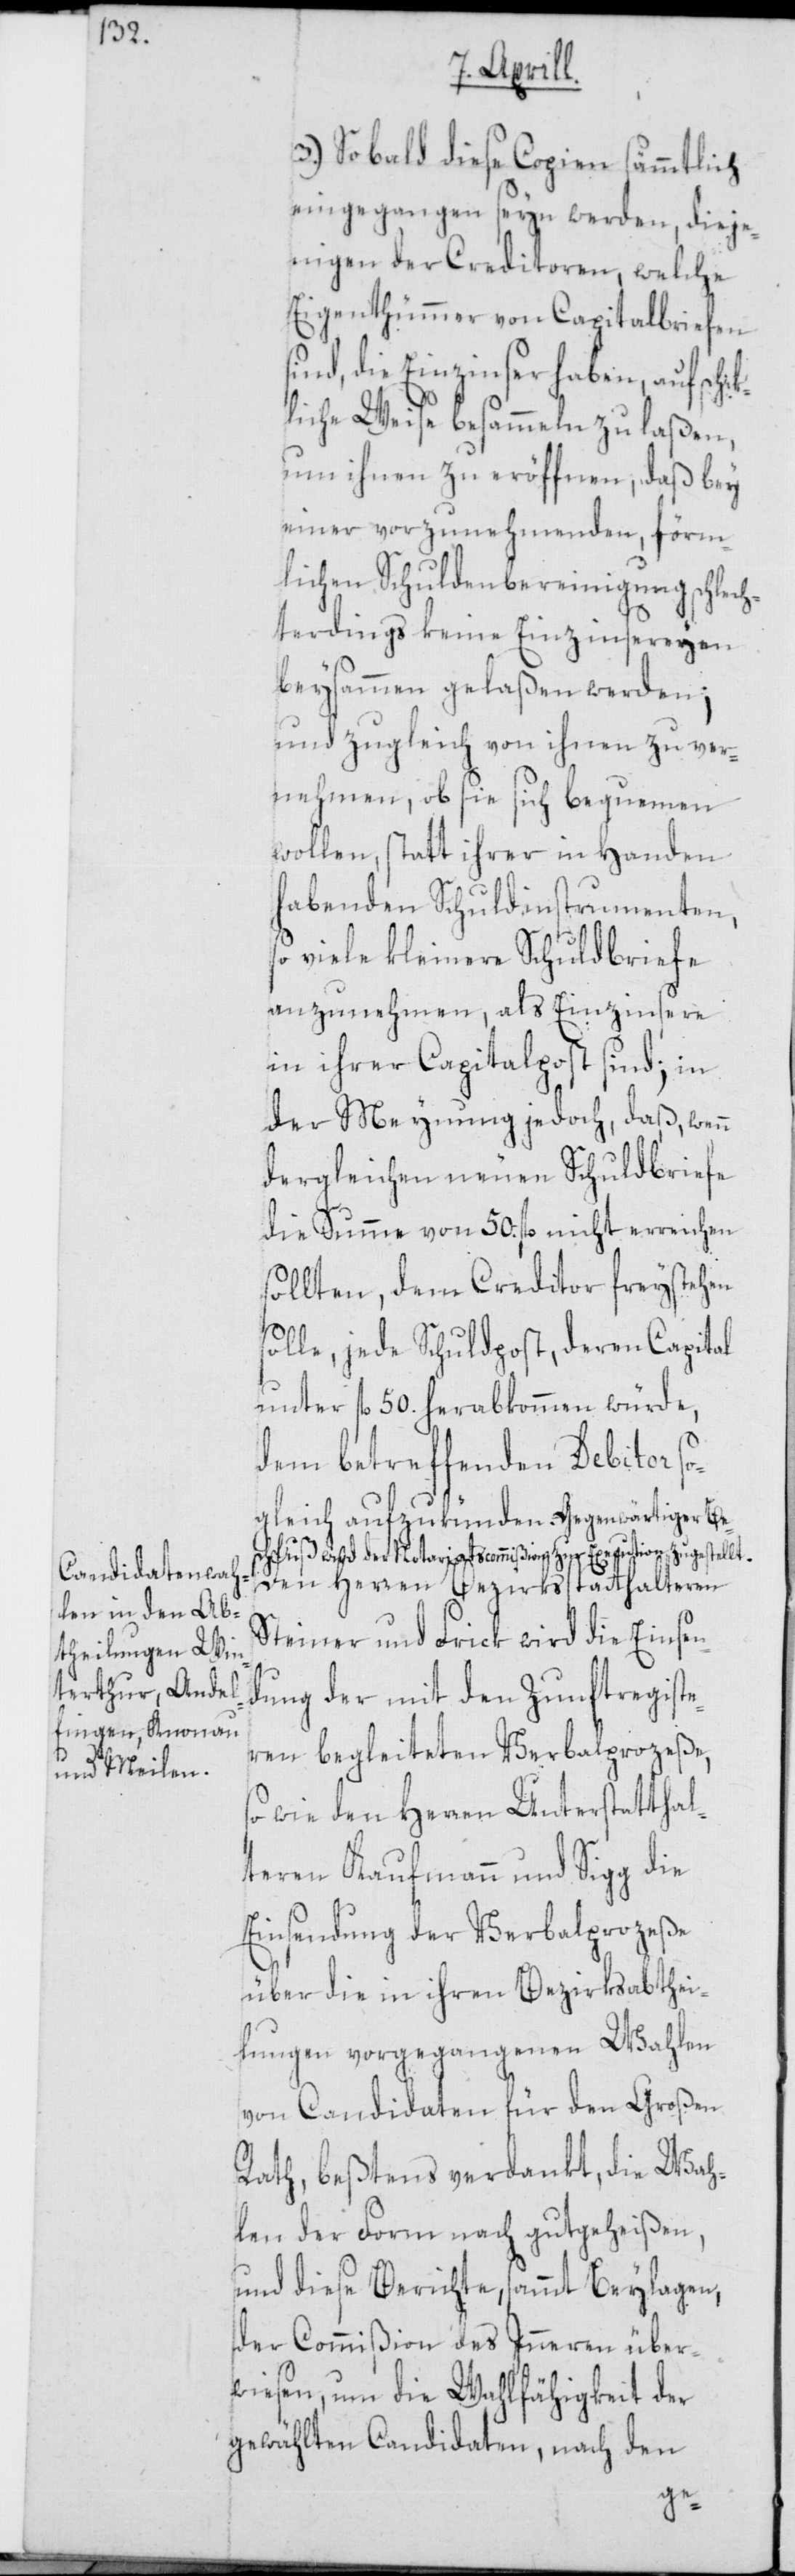
3.) Sobald diese Copien sämmtlich
eingegangen seyn werden, dieje¬
nigen der Creditoren, welche
Eigenthümmer von Capitalbriefen
die Einzinser haben, auf sch¬
liche Weise besammeln zu laßen,
um ihnen zu eröffnen, daß bey
einer vorzunehmenden, förm¬
lichen Schuldenbereinigung schlech¬
terdings keine Einzinsereyen
beysammen gelaßen werden;
und zugleich von ihnen zu ver¬
nehmen, ob sie sich bequemen
wollen, statt ihrer in Handen
habenden Schuldinstrumenten,
so viele kleinere Schuldbriefe
anzunehmen, als Einzinsere
in ihrer Capitalpost sind; in
der Meynung jedoch, daß, wenn
dergleichen neuen Schuldbriefe
die Summe von 50 fl. nicht erreichen
sollten, dem Creditor freystehen
solle, jede Schuldpost, deren Capital
unter fl. 50 herabkommen würde,
dem betreffenden Debitor so¬
gleich aufzukünden. a-Gegenwärtiger Be¬
schluß wird der Notariatscommißion zur Execution zugestell¬
Den Herren Bezirksstatthalteren
Steiner und Frick wird die Einsen¬
dung der mit den Zunftregist¬
eren begleiteten Verbalprozeße,
o wie den Herren Unterstatthal¬
teren Kaufmann und Sigg die
Einsendung der Verbalprozeße
über die in ihren Bezirksabthei¬
lungen vorgegangenen Wahlen
von Candidaten für den Großen
Rath, beßtens verdankt, die Wah¬
len der Form nach gutgeheißen,
und diese Berichte, sammt Beylagen,
der Commißion des Inneren über¬
wiesen, um die Wahlfähigkeit der
gewählten Candidaten, nach den
s¬